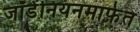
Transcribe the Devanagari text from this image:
जॉर्डेनियनमार्फत